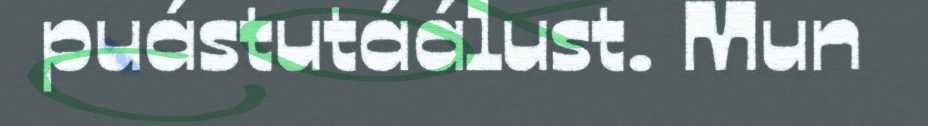
puástutáálust. Mun